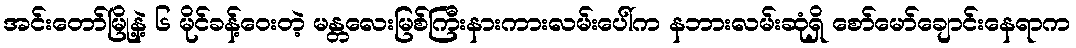
အင်းတော်မြို့နဲ့ ၆ မိုင်ခန့်ဝေးတဲ့ မန္တလေးမြစ်ကြီးနားကားလမ်းပေါ်က နဘားလမ်းဆုံရှိ စော်မော်ချောင်းနေရာက